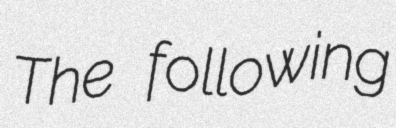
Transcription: The following